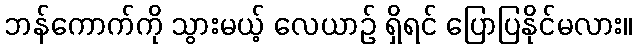
ဘန်ကောက်ကို သွားမယ့် လေယာဉ် ရှိရင် ပြောပြနိုင်မလား။